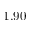
1 . 9 0